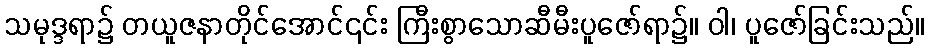
သမုဒ္ဒရာ၌ တယူဇနာတိုင်အောင်၎င်း ကြီးစွာသောဆီမီးပူဇော်ရာ၌။ ဝါ၊ ပူဇော်ခြင်းသည်။